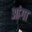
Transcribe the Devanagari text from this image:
आंगा